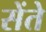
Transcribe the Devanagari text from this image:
सेंते